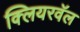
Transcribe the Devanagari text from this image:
क्लियरवॅल